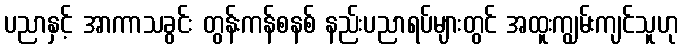
ပညာနှင့် အာကာသခွင်း တွန်းကန်စနစ် နည်းပညာရပ်များတွင် အထူးကျွမ်းကျင်သူဟု